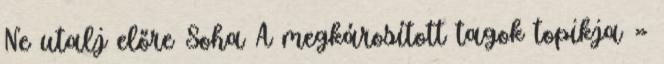
Ne utalj előre Soha A megkárosított tagok topikja »